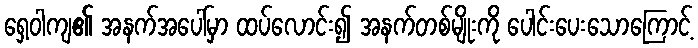
ရှေ့ဝါကျ၏ အနက်အပေါ်မှာ ထပ်လောင်း၍ အနက်တစ်မျိုးကို ပေါင်းပေးသောကြောင့်